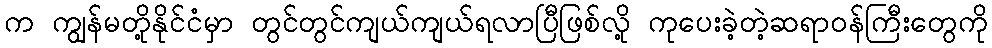
က ကျွန်မတို့နိုင်ငံမှာ တွင်တွင်ကျယ်ကျယ်ရလာပြီဖြစ်လို့ ကုပေးခဲ့တဲ့ဆရာဝန်ကြီးတွေကို